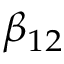
\beta _ { 1 2 }